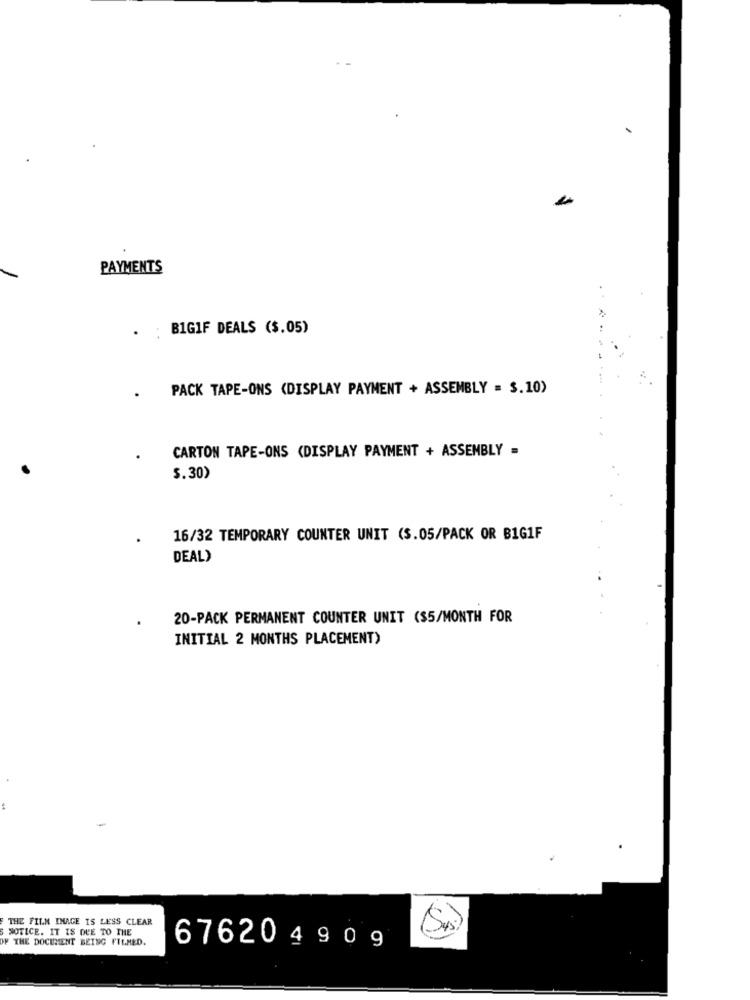
PAYMENTS
. : BIGIF DEALS ($.05)
PACK TAPE-ONS (DISPLAY PAYMENT + ASSEMBLY = $.10)
CARTON TAPE-ONS (DISPLAY PAYMENT + ASSEMBLY =
$.30)
16/32 TEMPORARY COUNTER UNIT (S.05/PACK OR B1G1F
DEAL)
20-PACK PERMANENT COUNTER UNIT ($5/MONTH FOR
INITIAL 2 MONTHS PLACEMENT>
THE FILM INAGE IS LESS CLEAR
NOTICE. IT IS DUE TO THE
(Sus)
OF THE DOCUMENT BEING FILMED.
67620490 9